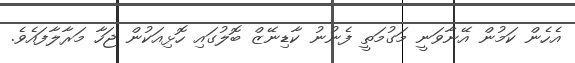
އެހެން ކަމުން އޭނާވަނީ މަގުމަތީ ފެނުނު ކާޑިނޭޒް ބޮލުގައި ހޮޅިއަކުން ޖަހާ މަރާލާފައެވެ.